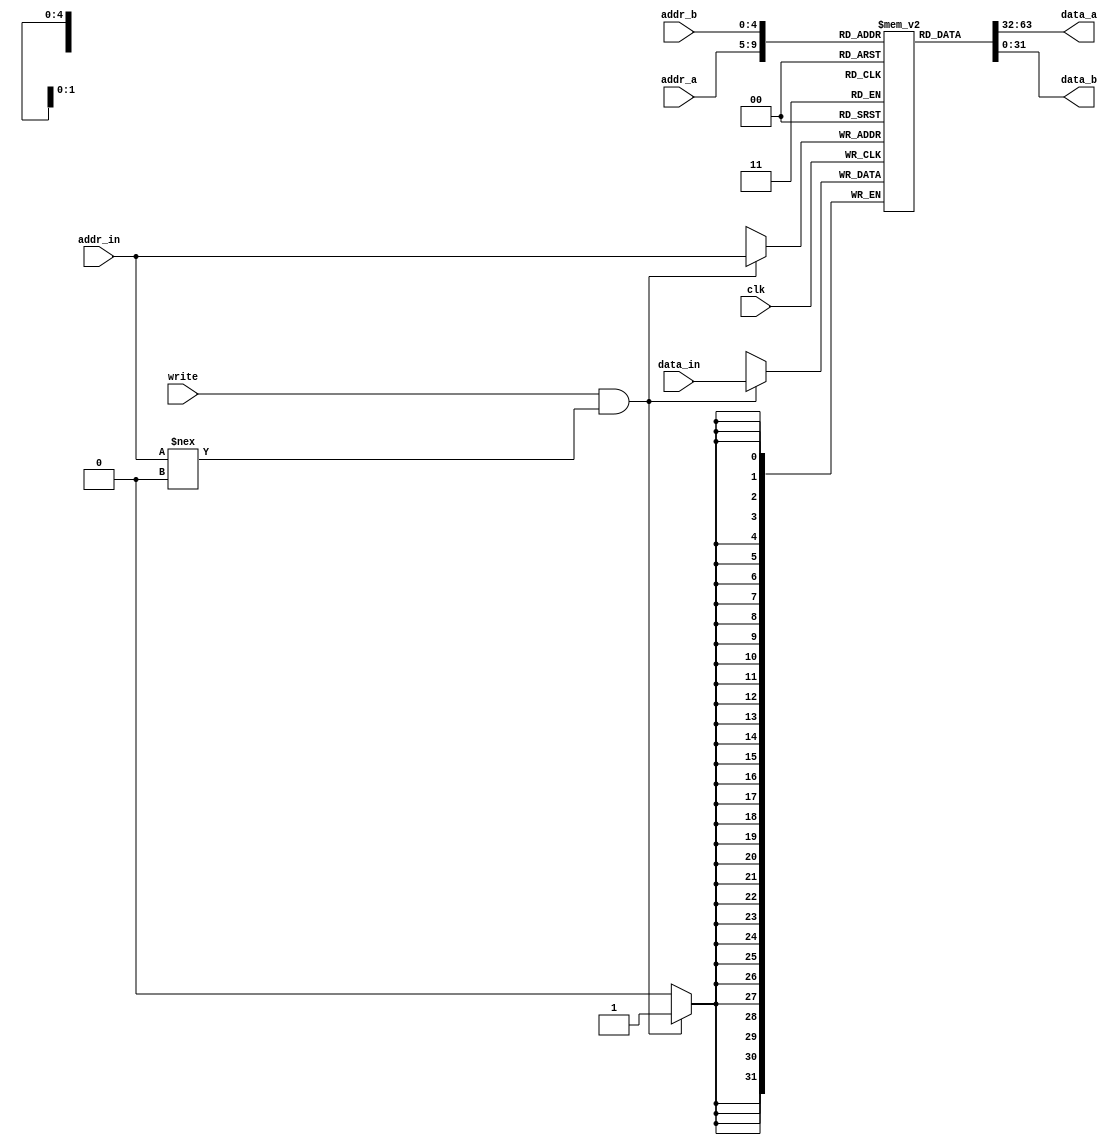
// A 32-bit register file containing 32 registers
module register_file(data_a, data_b, addr_a, addr_b, addr_in, data_in, write, clk);
    input write, clk;
    input [4:0] addr_a, addr_b, addr_in;
    input [31:0] data_in;
    output [31:0] data_a, data_b;

    reg [31:0] registers [0:31];

    assign data_a = registers[addr_a];
    assign data_b = registers[addr_b];

    initial registers[5'b0] = 32'b0;  // hard-wired zero register

    always @(posedge clk) if (write && addr_in !== 0) registers[addr_in] = data_in;
endmodule